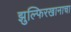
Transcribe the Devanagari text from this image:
झुल्फिरखानाचा